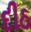
દીઠ